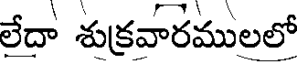
లేదా శుక్రవారములలో